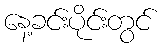
နေ့ခင်းပိုင်းတွင်